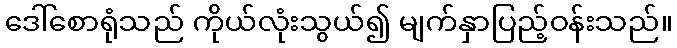
ဒေါ်စောရုံသည် ကိုယ်လုံးသွယ်၍ မျက်နှာပြည့်ဝန်းသည်။